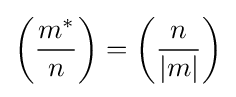
\left({\frac {m^{*}}{n}}\right)=\left({\frac {n}{|m|}}\right)